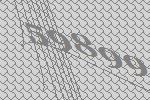
59899